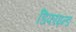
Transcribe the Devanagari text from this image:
डिफाइन्ड